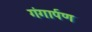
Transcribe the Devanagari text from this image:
गंगार्पण